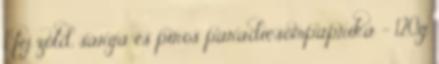
1 fej zöld, sárga és piros paradicsompaprika - 120g